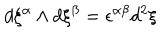
d \xi ^ { \alpha } \wedge d \xi ^ { \beta } = \epsilon ^ { \alpha \beta } d ^ { 2 } \xi